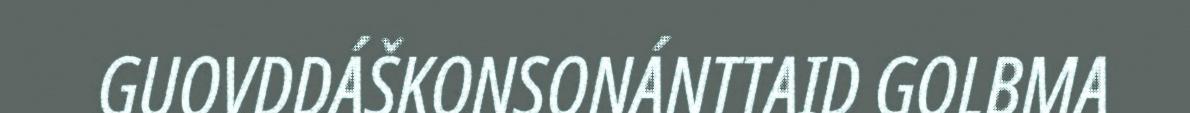
GUOVDDÁŠKONSONÁNTTAID GOLBMA